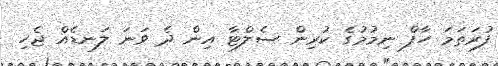
ފުރަތަމަ ހާފް ނިމުމުގެ ކުރިން ސެލްޓާ އިން ދެ ވަނަ ލަނޑެއް ޖެހި